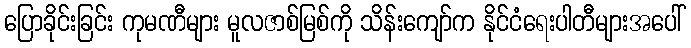
ပြောခိုင်းခြင်း ကုမဏီများ မူလဇာစ်မြစ်ကို သိန်းကျော်က နိုင်ငံရေးပါတီများအပေါ်